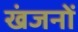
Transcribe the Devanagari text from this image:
खंजनों